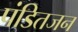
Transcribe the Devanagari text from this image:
पंडितजन